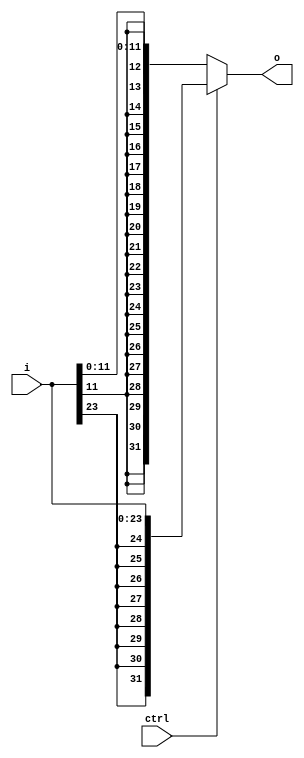
module extend(output [31:0] o,
	      input [N-1:0] i,
	      input ctrl);


   parameter N = 24;
   
   assign
     o = (ctrl == 0 ?           // se il controllo è 0 estendi immediato da 12 bit 
	  $signed(i[11:0]) : 
	  $signed(i[23:0]));    // altrimenti estendi immediato per il branch
   
endmodule